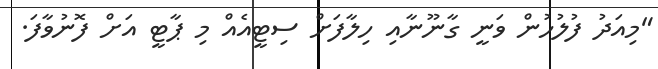
"މިއަދު ފުލުހުން ވަނީ ގާނޫނާއި ހިލާފަށް ސިޓީއެއް މި ޕާޓީ އަށް ފޮނުވާފަ.